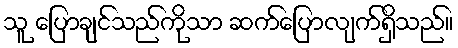
သူ ပြောချင်သည်ကိုသာ ဆက်ပြောလျက်ရှိသည်။